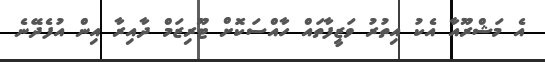
އެ މަޝްރޫއާ އެކު އިތުރު ވަޒީފާތައް ހާއްސަކޮށް ޓޫރިޒަމް ދާއިރާ އިން އުފެދޭނެ